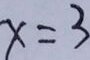
x = 3